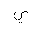
Letter: _ya